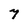
Character: 7